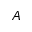
A